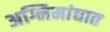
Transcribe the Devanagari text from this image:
अग्निमांद्यात